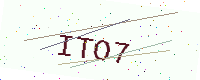
Text: ITO7